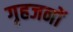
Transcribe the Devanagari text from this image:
गृहजनों